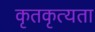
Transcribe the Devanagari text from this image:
कृतकृत्यता